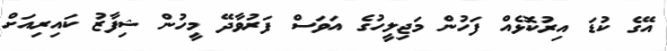
އޭގެ ކުޑަ އިރުކޮޅެއް ފަހުން މަޖިލީހުގެ އަވަސް ފަރުވާދޭ މީހުން ޝިފާޒު ކައިރިއަށް